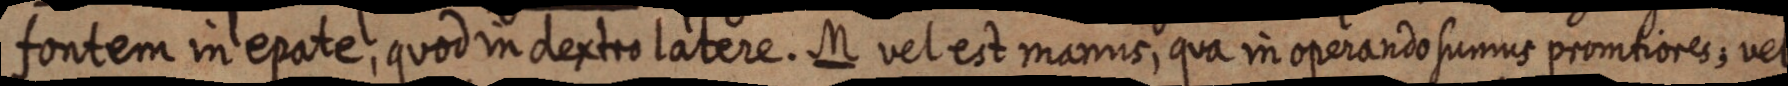
fontem in epate, quod in dextro latere. M vel est manus, qua in operando sumus promtiores; vel